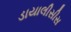
ડાયાલીસીસ